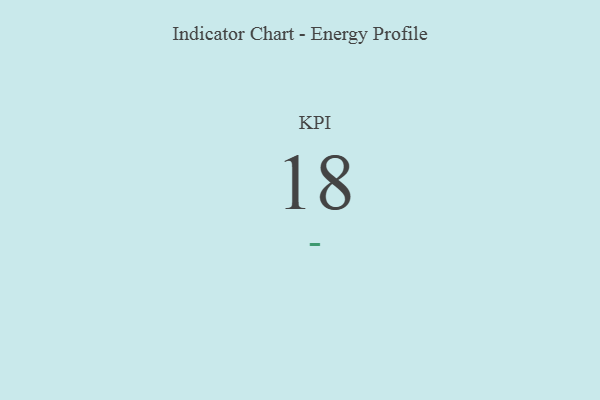
{"axis": {"x": "KPI", "y": "Value"}, "legend": [""], "data": [{"x": "KPI", "y": 18, "type": ""}]}